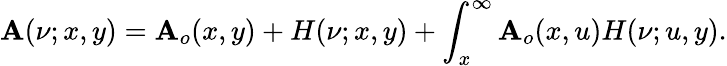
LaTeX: \mathbf{A}(\nu;x,y)=\mathbf{A}_{o}(x,y)+H(\nu;x,y)+\int_{x}^{\infty}\mathbf{A}_{o}(x,u)H(\nu;u,y).